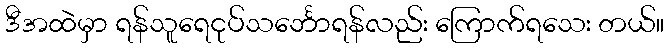
ဒီအထဲမှာ ရန်သူရေငုပ်သင်္ဘောရန်လည်း ကြောက်ရသေး တယ်။